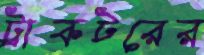
ট্রাকটরের